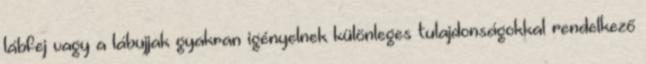
lábfej vagy a lábujjak gyakran igényelnek különleges tulajdonságokkal rendelkező